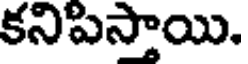
కనిపిస్తాయి.